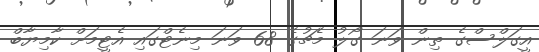
އީގަލްސްގެ ތިން ވަނަ ގޯލު މެޗުގެ 68 ވަނަ މިނެޓްގައި އެޓީމަށް ކާމިޔާބް